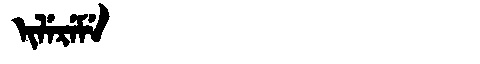
Manchu: ᡳᠯᡝᡵᡝᠮᡝ
Romanization: ILEREME